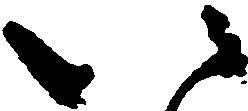
八